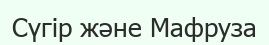
Сүгір және Мафруза